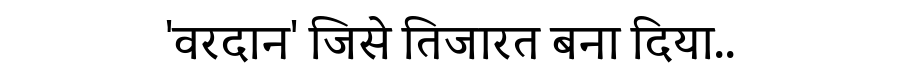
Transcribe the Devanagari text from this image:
'वरदान' जिसे तिजारत बना दिया..